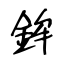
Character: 鉾